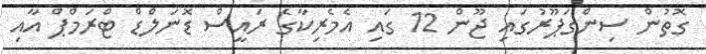
ގޮތުން ސިންގަޕޫރުގައި ޖޫން 12 ގައި އެމެރިކާގެ ރައީސް ޑޮނަލްޑް ޓްރަމްޕް އާއި